Indian Medical Review
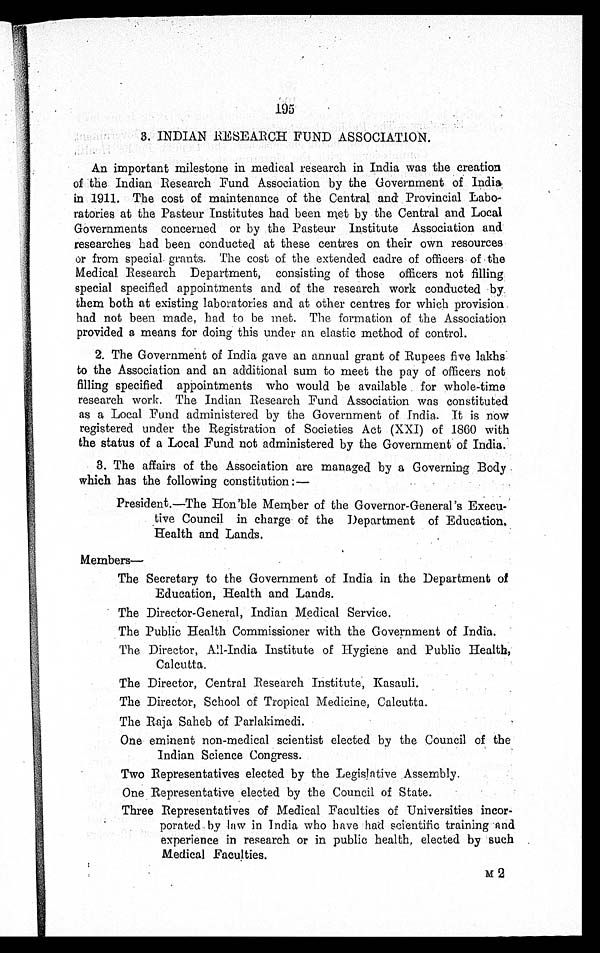
195
3. INDIAN RESEARCH FUND ASSOCIATION.
An important milestone in medical research in India was the creation
of the Indian Research Fund Association by the Government of India
in 1911. The cost of maintenance of the Central and Provincial Labo
-ratories at the Pasteur Institutes had been met by the Central and Local
Governments concerned or by the Pasteur Institute Association and
researches had been conducted at these centres on their own resources
or from special grants. The cost of the extended cadre of officers of the
Medical Research Department, consisting of those officers not filling
special specified appointments and of the research work conducted by
them both at existing laboratories and at other centres for which provision.
had not been made, had to be met. The formation of the Association
provided a means for doing this under an elastic method of control.
2. The Government of India gave an annual grant of Rupees five lakhs
to the Association and an additional sum to meet the pay of officers not
filling specified appointments who would be available for whole-time
research work. The Indian Research Fund Association was constituted
as a Local Fund administered by the Government of India. It is now
registered under the Registration of Societies Act (XXI) of 1860 with
the status of a Local Fund not administered by the Government of India.
3. The affairs of the Association are managed by a Governing
B o d y w h i c h h a s t h e f o l l o w i n g c o n s t i t u t i o n : —
President.—The Hon'ble Member of the Governor-General's Execu
-tive Council in charge of the Department of Education,
Health and Lands.
Members—
The Secretary to the Government of India in the Department of
Education, Health and Lands.
The Director-General, Indian Medical Service.
The Public Health Commissioner with the Government of India.
The Director, All-India Institute of Hygiene and Public Health,
Calcutta.
The Director, Central Research Institute, Kasauli.
The Director, School of Tropical Medicine, Calcutta.
The Raja Saheb of Parlakimedi.
One eminent non-medical scientist elected by the Council of the
Indian Science Congress.
Two Representatives elected by the Legislative Assembly.
One Representative elected by the Council of State.
Three Representatives of Medical Faculties of Universities incor-
porated by law in India who have had scientific training and
experience in research or in public health, elected by such
Medical Faculties.
M 2
M 2